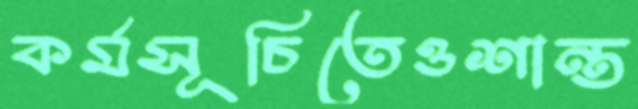
কর্মসূচিতেওশান্ত